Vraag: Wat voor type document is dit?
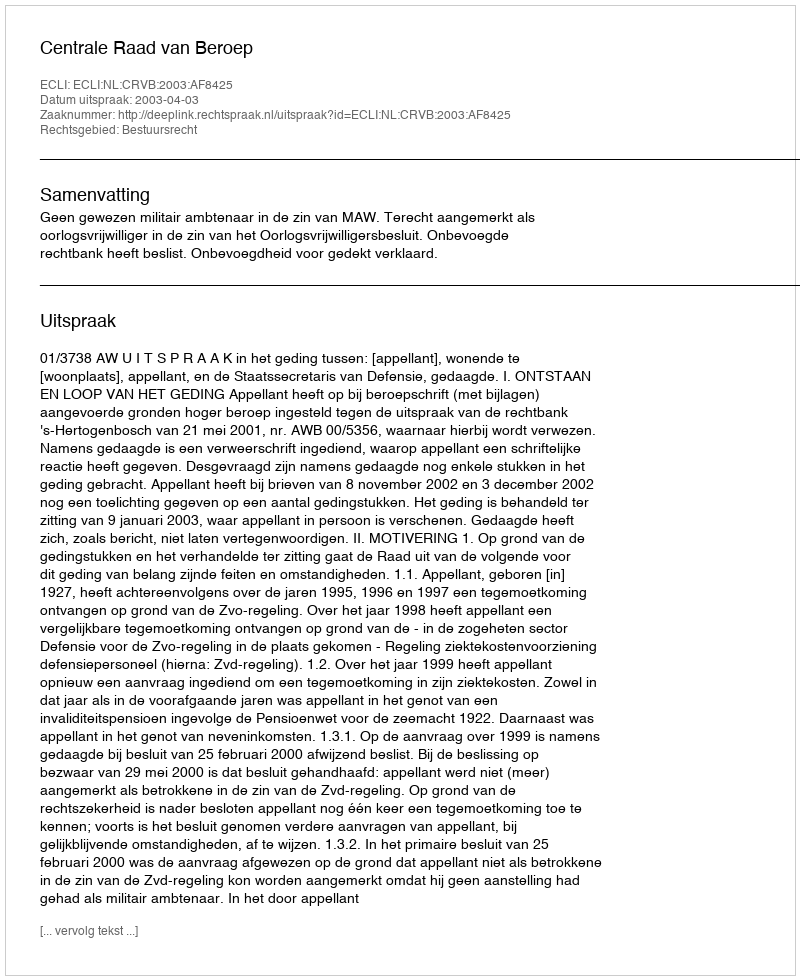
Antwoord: Uitspraak